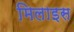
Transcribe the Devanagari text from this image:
मिलाइस